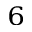
^ 6